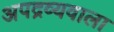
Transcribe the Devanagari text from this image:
अपद्रव्यवाला